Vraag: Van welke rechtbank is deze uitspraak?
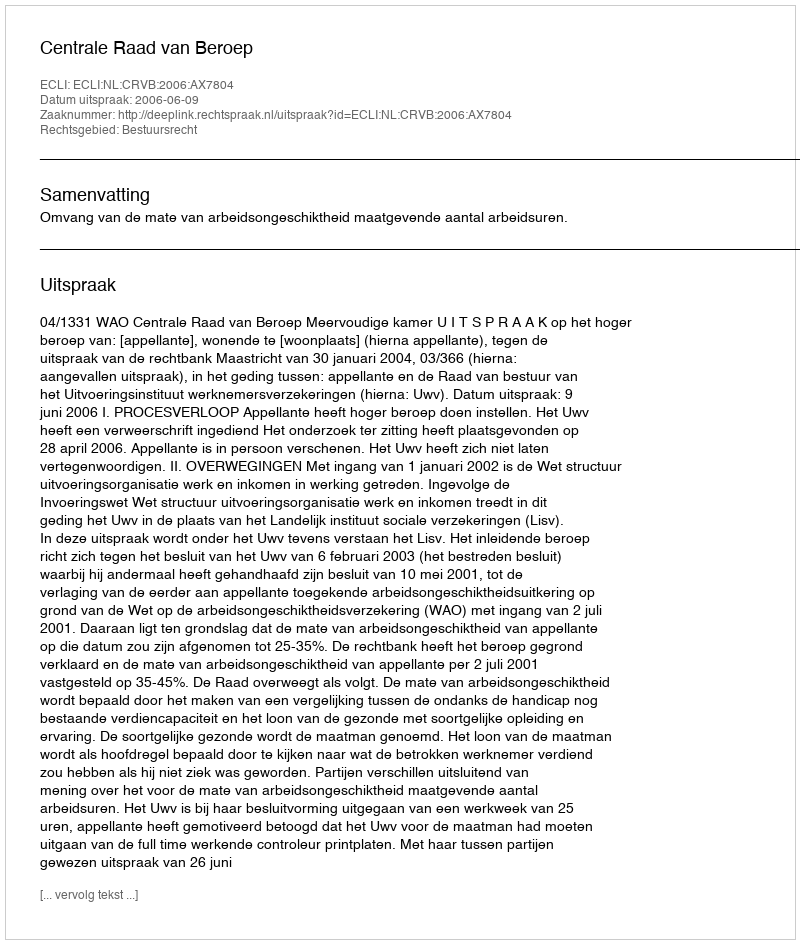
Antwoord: Centrale Raad van Beroep